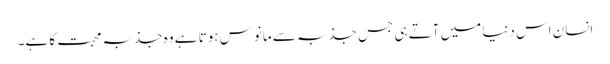
انسان اس دنیا میں آتے ہی جس جذبہ سے مانوس ہوتا ہے وہ جذبہ محبت کا ہے۔